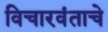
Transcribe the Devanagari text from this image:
विचारवंताचे